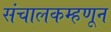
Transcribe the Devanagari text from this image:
संचालकम्हणून